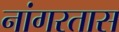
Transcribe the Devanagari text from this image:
नांगरतास